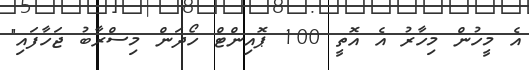
އެ މީހުން މިހާރު އެ އޮތީ 100 ޕޮއިންޓް ހޯދަން މިސްރާބު ޖަހާފައި"